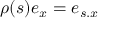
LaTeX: \rho ( s ) e _ { x } = e _ { s . x }